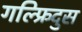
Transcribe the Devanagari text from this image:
गल्फ्रिदुस